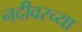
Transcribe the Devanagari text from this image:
नदीवरच्या